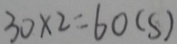
3 0 \times 2 = 6 0 ( s )